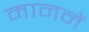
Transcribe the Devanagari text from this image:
माननें